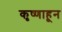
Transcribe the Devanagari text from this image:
कृष्णाहून